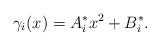
LaTeX: \begin{align*}\gamma_i(x) =A^*_i x^2 + B^*_i. \end{align*}